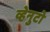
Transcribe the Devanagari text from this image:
व्हेनुटो